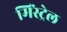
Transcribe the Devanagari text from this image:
मिंस्ट्रेल